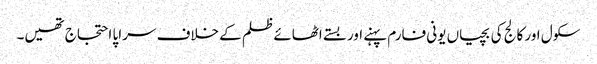
سکول اور کالج کی بچیاں یونی فارم پہنے اور بستے اٹھائے ظلم کے خلاف سراپا احتجاج تھیں۔